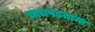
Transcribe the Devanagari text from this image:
चाचपडताना